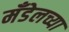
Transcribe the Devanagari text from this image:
मँडेलच्या